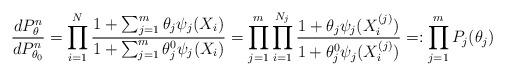
LaTeX: \begin{align*}\frac{dP_\theta^n}{dP_{\theta_0}^n} &= \prod_{i=1}^N \frac{1 + \sum_{j=1}^m \theta_j \psi_j(X_i) }{1 +\sum_{j=1}^m \theta_j^0 \psi_j(X_i) } = \prod_{j=1}^m \prod_{i=1}^{N_j} \frac{1 + \theta_j \psi_j(X_i^{(j)}) }{1 + \theta_j^0 \psi_j(X_i^{(j)})} =: \prod_{j=1}^m P_j(\theta_j) \end{align*}